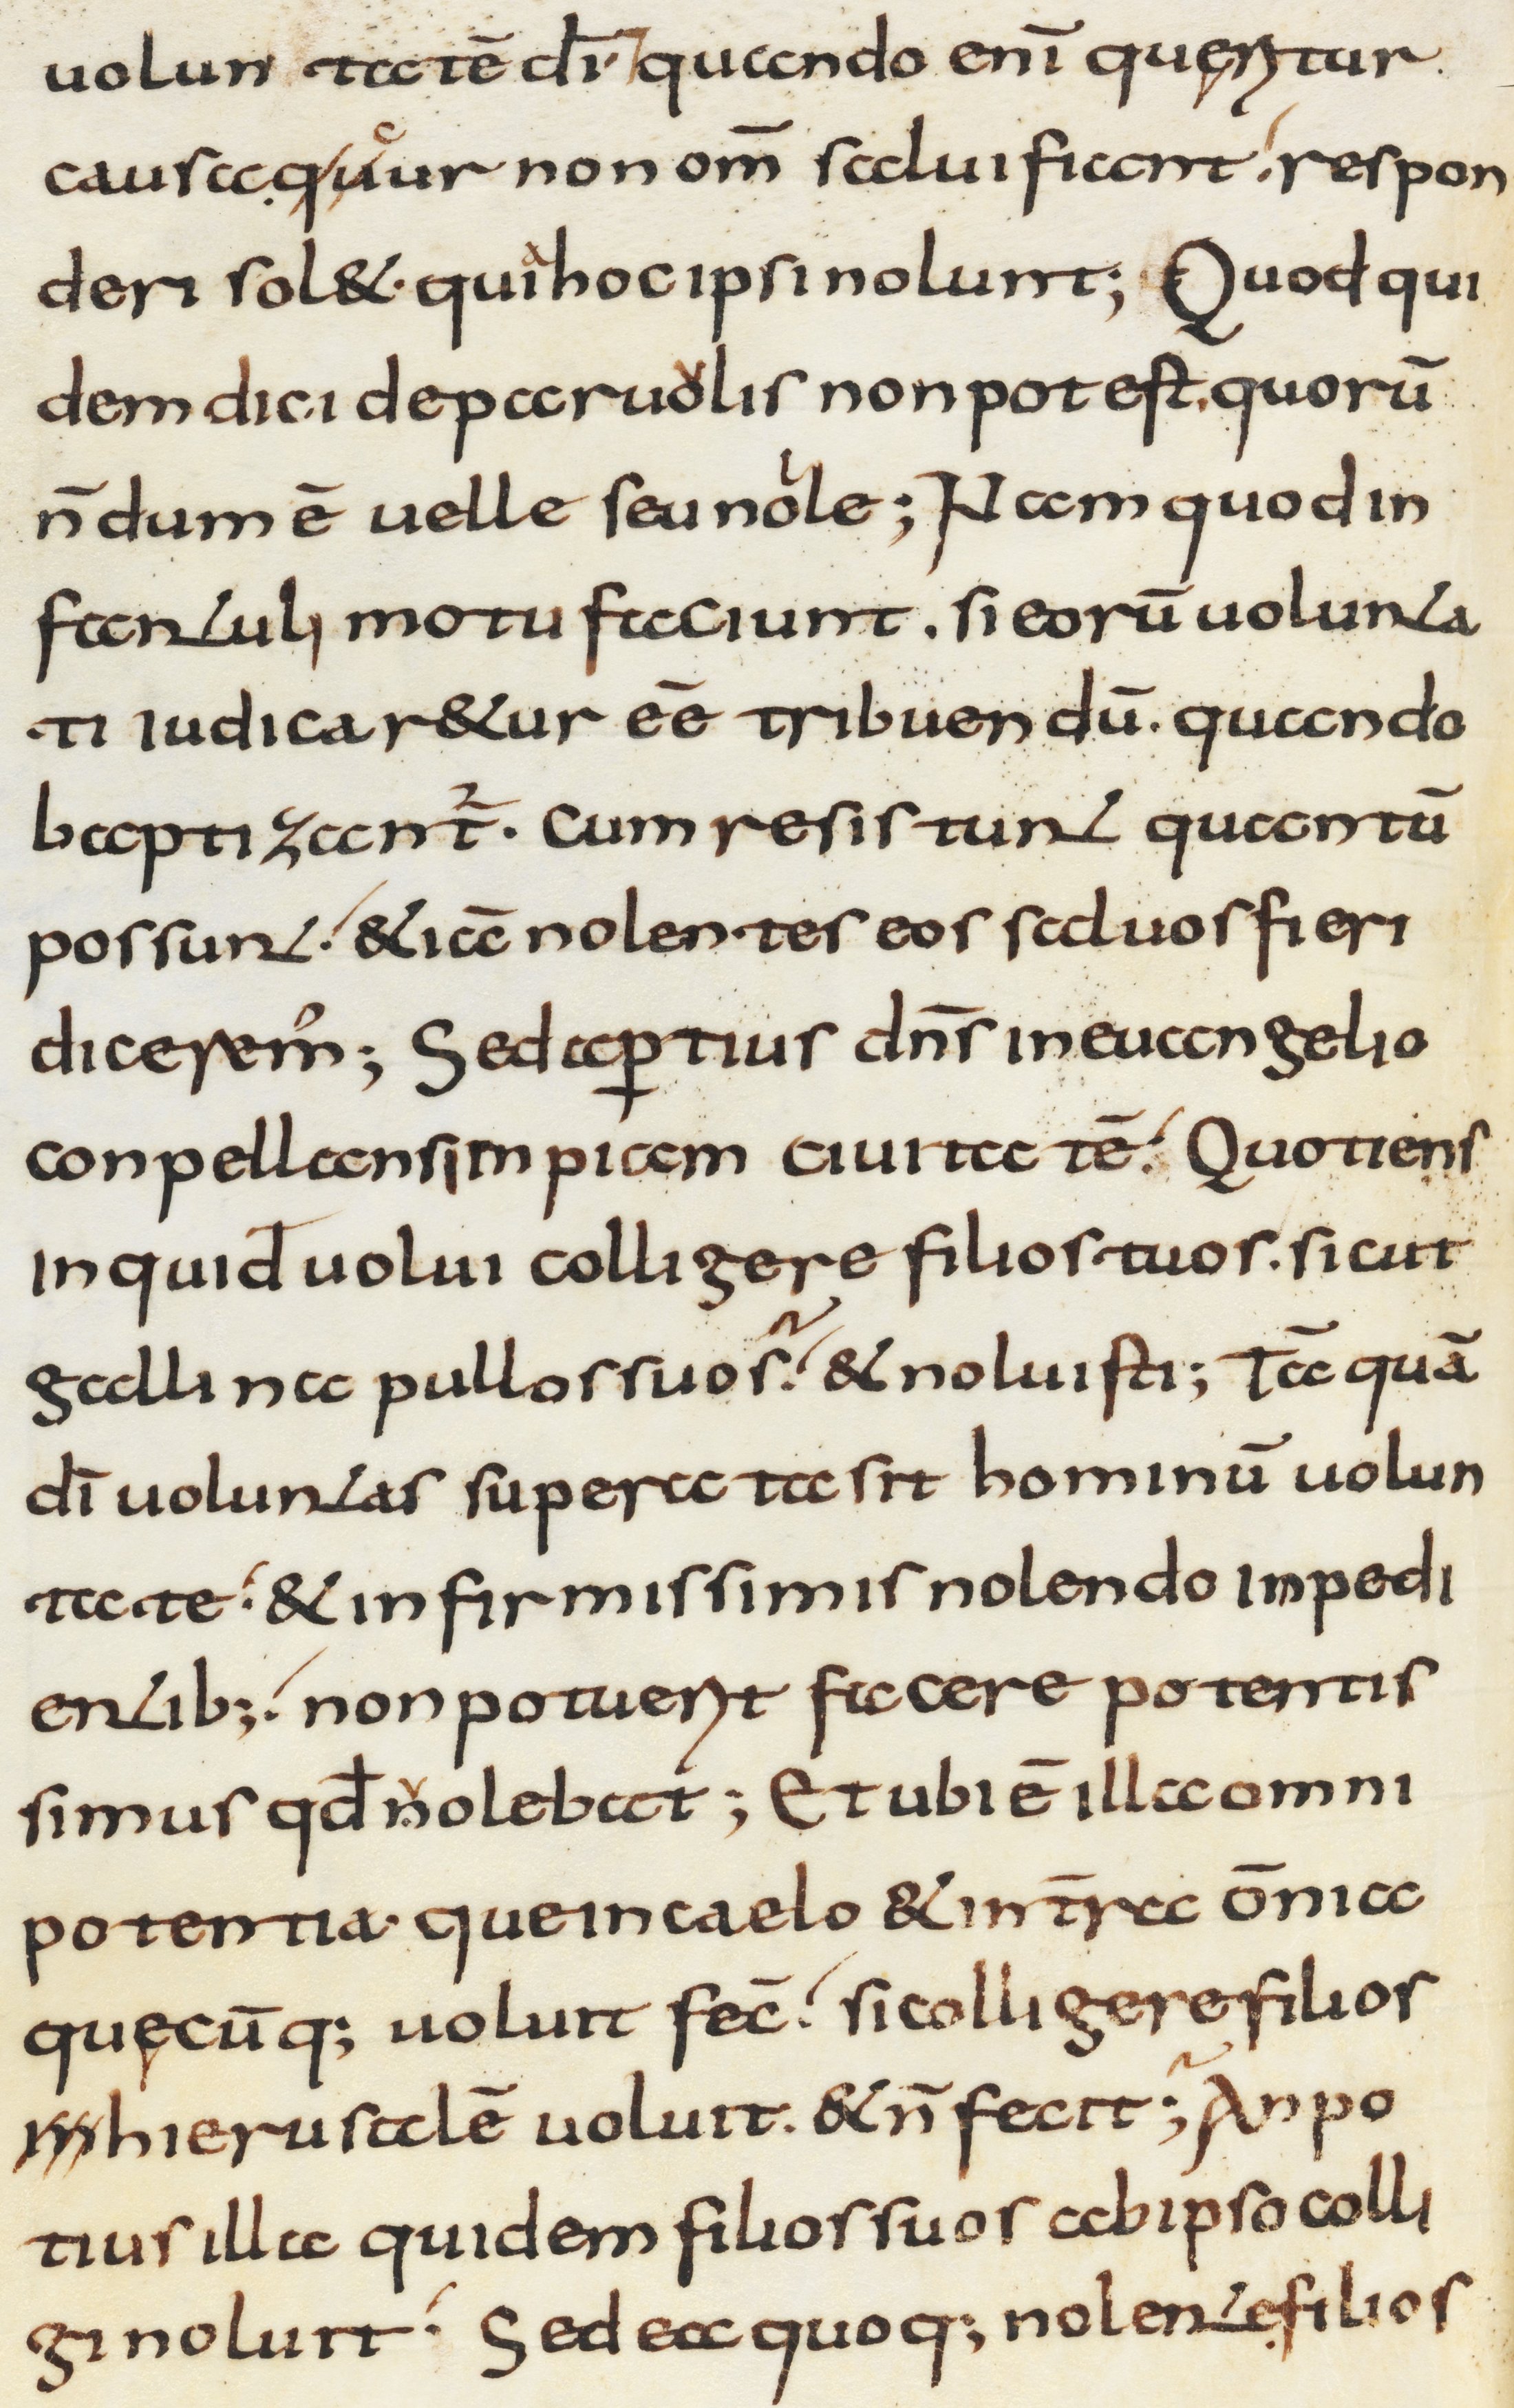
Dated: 800–1299